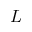
L